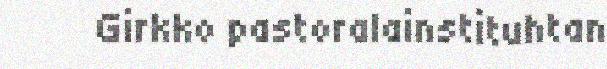
Girkko pastoralainstituhtan